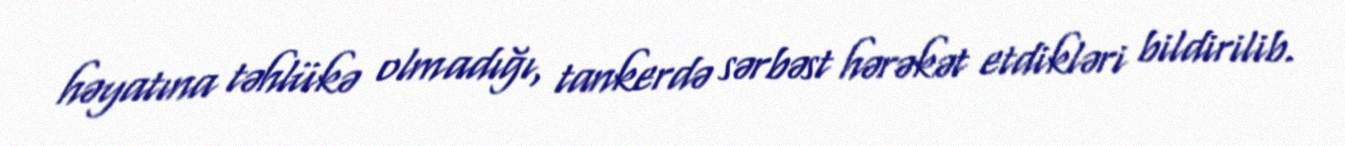
həyatına təhlükə olmadığı, tankerdə sərbəst hərəkət etdikləri bildirilib.